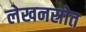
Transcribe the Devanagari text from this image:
लेखनस्रोत